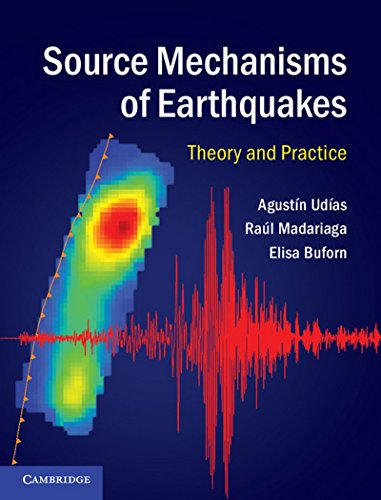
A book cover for Source Mechanisms of Earthquakes: Theory and Practice; AgustÃ­n UdÃ­as; Science & Math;